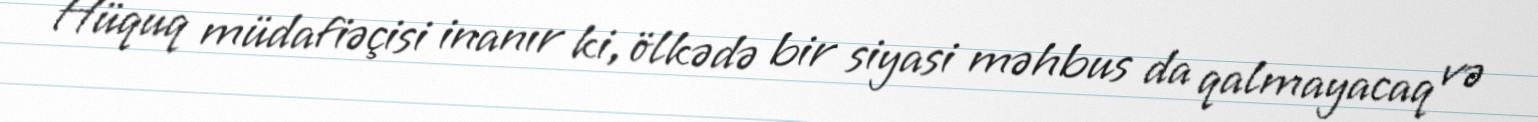
Hüquq müdafiəçisi inanır ki, ölkədə bir siyasi məhbus da qalmayacaq və